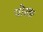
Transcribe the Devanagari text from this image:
पोरक